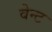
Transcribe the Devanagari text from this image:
वेन्ट